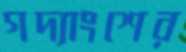
গদ্যাংশের